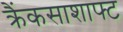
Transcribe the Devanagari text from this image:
क्रैंकसाशाफ्ट